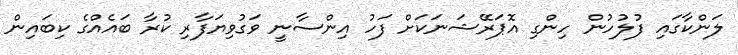
ލަންކާގައި ފުލުހުން ހިންގި އޮޕަރޭޝަނަކަށް ފަހު އިންސާނީ ވަގުވިޔަފާރި ކުރާ ބައެއްގެ ކިބައިން